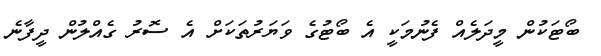
ބޯޓަކުން މީދަލެެއް ފެނުމަކީ އެ ބޯޓުގެ ވަޔަރުތަކަށް އެ ސޮރު ގެއްލުން ދީފާނެ